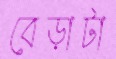
বেড়াটা